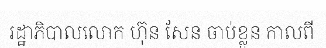
រដ្ឋាភិបាលលោក ហ៊ុន សែន ចាប់ខ្លួន កាលពី